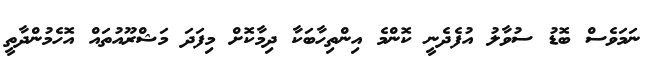
ނަމަވެސް ބޮޑު ސުވާލު އުފެދެނީ ކޮންމެ އިންތިހާބަކާ ދިމާކޮށް މިފަދަ މަޝްރޫއުތައް އޮހެމުންދާތީ